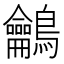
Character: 鸙